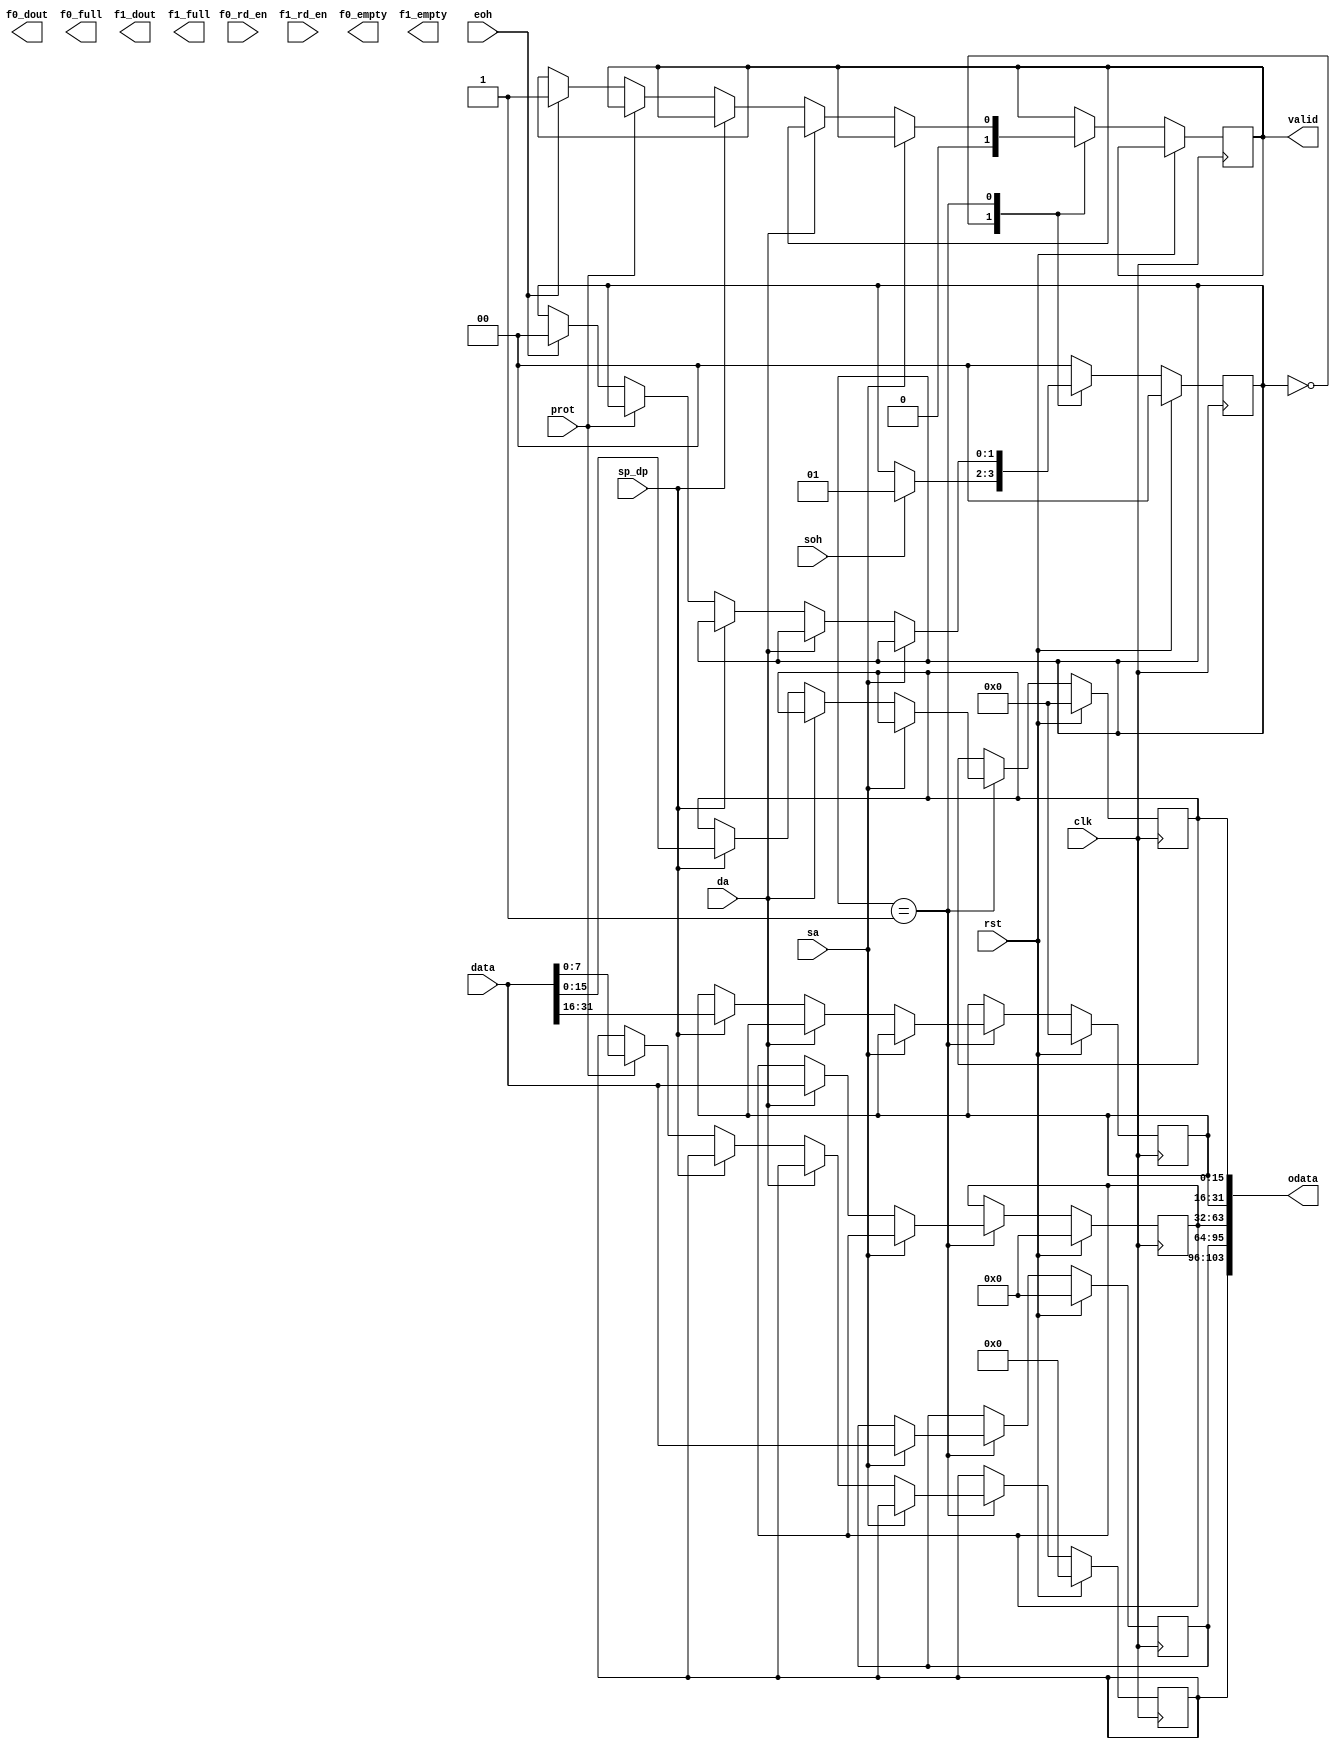
module consumer (
                  input [31:0] data,
                  input sa,
                  input da,
                  input sp_dp,
                  input prot,
                  input soh,
                  input eoh,
						input f0_rd_en,
						input f1_rd_en,
                  input rst,
                  input clk,
                  output [103:0] odata,
                  output reg valid,
						// fifo output
						output f0_dout,
						output f0_empty,
						output f0_full,
						output f1_dout,
						output f1_empty,
						output f1_full
                );
  reg [31:0] sa_reg, da_reg;
  reg [15:0] sp_reg, dp_reg;
  reg [7:0] protl_reg;

  parameter IDLE = 2'h0,
            START = 2'h1,
            RUNNING = 2'h2;
  reg [1:0] state;
  reg wr_en;


	/*fifo F0 (
		.clk(clk),
		.din(data), // Bus [31 : 0] 
		.rd_en(f0_rd_en),
		.rst(rst),
		.wr_en(wr_en),
		.dout(f0_dout), // Bus [31 : 0] 
		.empty(f0_empty),
		.full(f0_full));

	fifo F1 (
		.clk(clk),
		.din(data), // Bus [31 : 0] 
		.rd_en(f1_rd_en),
		.rst(rst),
		.wr_en(wr_en),
		.dout(f1_dout), // Bus [31 : 0] 
		.empty(f1_empty),
		.full(f1_full));
*/
 always @(posedge clk)
  begin
    if (rst == 1'b1)
      begin
        state <= IDLE;
        sa_reg <= 32'h0;
        da_reg <= 32'h0;
        sp_reg <= 16'h0;
        dp_reg <= 16'h0;
        protl_reg <= 16'h0;
      end
    else 
        begin
        // Default value
        state <= state;
        sa_reg <= sa_reg;
        da_reg <= da_reg;
        sp_reg <= sp_reg;
        dp_reg <= dp_reg;
        protl_reg <= protl_reg;
		  valid <= valid;
			wr_en <= 0;
        case (state)
          IDLE:
				begin
					valid <= 1'b0;
					if (soh == 1'b1) 
              		state <= START; 
            end
          START:
            if (sa == 1'b1) begin
              sa_reg <= data[31:0];
				  wr_en <= 1;
				  end
            else if (da == 1'b1) begin
              da_reg <= data[31:0]; 
				  wr_en <= 1;
				  end
            else if (sp_dp == 1'b1) begin
              sp_reg <= data[31:16];
              dp_reg <= data[15:0];
				  wr_en <= 1;
            end else if (prot == 1'b1) begin
              protl_reg <= data[7:0];
				   wr_en <= 1;
				  end
            else if (eoh == 1'b1)
              begin
                state <= IDLE;
                valid <= 1'b1;
              end
          default:
				begin
				state <= IDLE;
				wr_en <= 0;
            $display("endcase in Consumer");
				end
        endcase
      end
  end // always @(posedge clk)
  assign odata = {protl_reg, sa_reg, da_reg, sp_reg, dp_reg};
endmodule